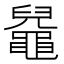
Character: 𪓬